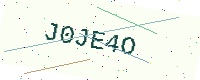
Text: J0JE4O